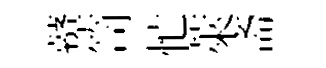
鼙笥忙萊斋